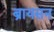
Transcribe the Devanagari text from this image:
ब्रायसन